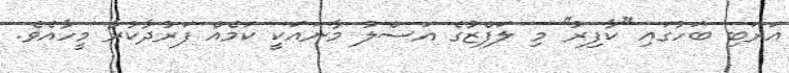
ޢަރަބި ބަހުގައި ''ކާފިރު'' މި ލަފްޒުގެ އަސްލު މާނައަކީ ކަމެއް ފަރުދާކުރާ މީހާއެވެ.